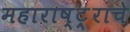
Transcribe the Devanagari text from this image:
महाराष्ट्र्राचे